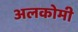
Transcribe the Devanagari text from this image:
अलकोमी